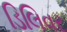
ડિલિવર